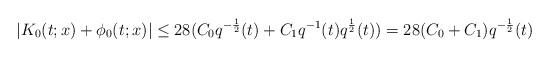
LaTeX: \begin{align*}|K_0(t;x)+\phi_0(t;x)|\leq 28(C_0q^{-\frac{1}{2}}(t)+C_1q^{-1}(t)q^{\frac{1}{2}}(t))=28(C_0+C_1)q^{-\frac{1}{2}}(t)\end{align*}